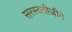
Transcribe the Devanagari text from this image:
सरस्वतीजीने